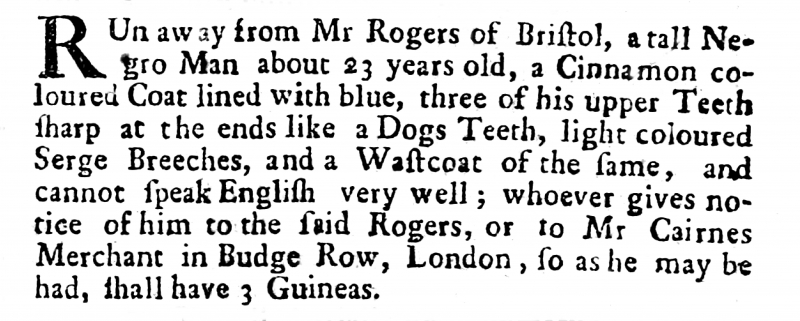
Post Man and the Historical Account, 30 January 1701 (England)
RUn away from Mr Rogers of Bristol, a tall Negro Man about 23 years old, a Cinnamon coloured Coat lined with blue, three of his upper Teeth sharp at the ends like a Dogs Teeth, light coloured Serge Breeches, and a Wastcoat of the same, and cannot speak English very well; whoever gives notice of him to the said Rogers, or to Mr Cairnes Merchant in Budge Row, London, so as he may be had, shall have 3 Guineas.